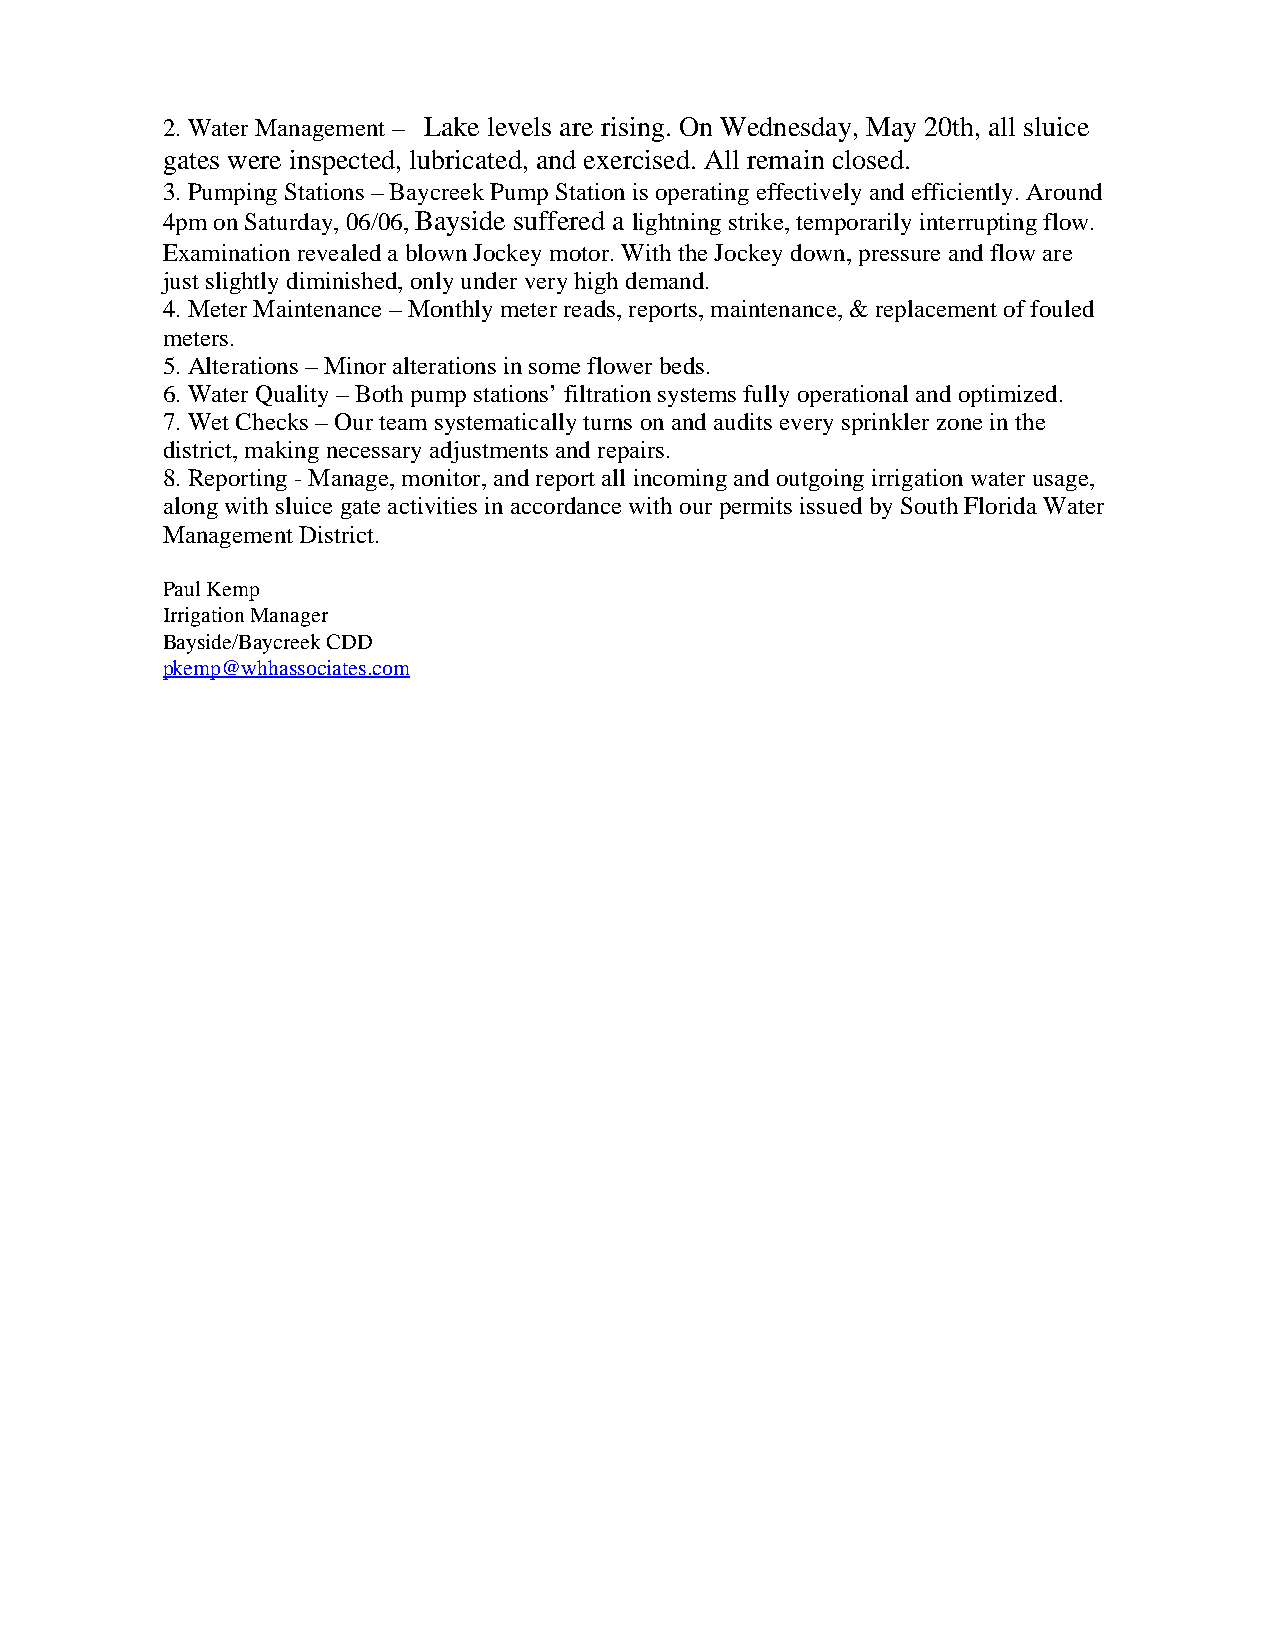
2. Water Management – Lake levels are rising. On Wednesday, May 20th, all sluice
 gates were inspected, lubricated, and exercised. All remain closed.
 3. Pumping Stations – Baycreek Pump Station is operating effectively and efficiently. Around
 4pm on Saturday, 06/06, Bayside suffered a lightning strike, temporarily interrupting flow.
 Examination revealed a blown Jockey motor. With the Jockey down, pressure and flow are
 just slightly diminished, only under very high demand.
 4. Meter Maintenance – Monthly meter reads, reports, maintenance, & replacement of fouled
 meters.
 5. Alterations – Minor alterations in some flower beds.
 6. Water Quality – Both pump stations’ filtration systems fully operational and optimized.
 7. Wet Checks – Our team systematically turns on and audits every sprinkler zone in the
 district, making necessary adjustments and repairs.
 8. Reporting - Manage, monitor, and report all incoming and outgoing irrigation water usage,
 along with sluice gate activities in accordance with our permits issued by South Florida Water
 Management District.
 Paul Kemp
 Irrigation Manager
 Bayside/Baycreek CDD
 pkemp@whhassociates.com